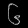
Digit: ၆